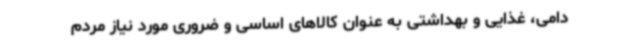
دامی، غذایی و بهداشتی به عنوان کالاهای اساسی و ضروری مورد نیاز مردم